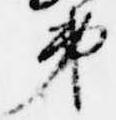
弟